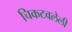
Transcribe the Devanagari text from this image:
चिकटवलेली